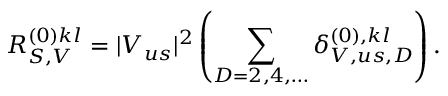
R _ { S , V } ^ { ( 0 ) k l } = | V _ { u s } | ^ { 2 } \left( \sum _ { D = 2 , 4 , \dots } \delta _ { V , u s , D } ^ { ( 0 ) , k l } \right) .